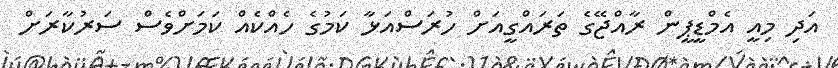
އަދި މިއީ އެމްޑީޕީން ރާއްޖޭގެ ތަރައްގީއަށް ހުރަސްއަޅާ ކަމުގެ ހެއްކެއް ކަމަށްވެސް ސަރުކާރަށް